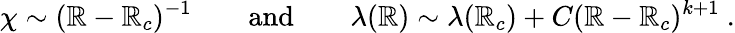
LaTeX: \chi\sim(\mathbb{R}-\mathbb{R}_{c})^{-1}\qquad\mathrm{{and}}\qquad\lambda(\mathbb{R})\sim\lambda(\mathbb{R}_{c})+C(\mathbb{R}-\mathbb{R}_{c})^{k+1}\ .